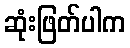
ဆုံးဖြတ်ပါက